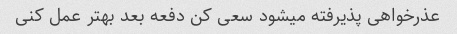
عذرخواهی پذیرفته میشود سعی کن دفعه بعد بهتر عمل کنی